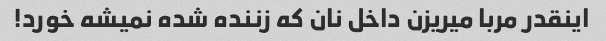
اینقدر مربا میریزن داخل نان که زننده شده نمیشه خورد!